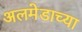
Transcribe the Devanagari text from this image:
अलमेडाच्या